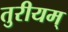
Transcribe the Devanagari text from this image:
तुरीयम्‌